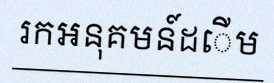
រកអនុគមន៍ដើម